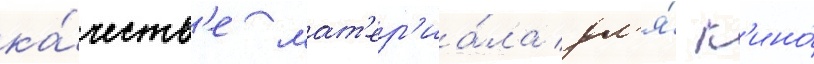
ка́честв'е мат'ер'иа́ла дл'я́ к'ино́